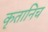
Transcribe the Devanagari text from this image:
कृतानिच